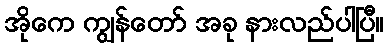
အိုကေ ကျွန်တော် အခု နားလည်ပါပြီ။